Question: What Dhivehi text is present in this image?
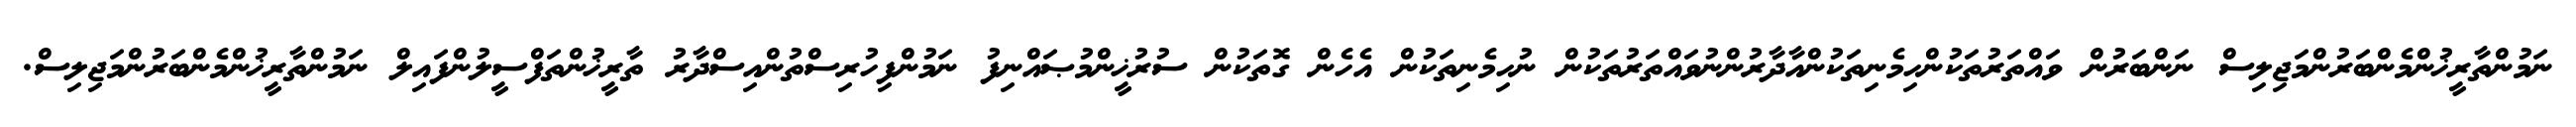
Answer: ނަމުންތާރީޚުންމެންބަރުންމަޖިލިސް ނަންބަރުން ވައްތަރުތަކުންހިމެނިތަކުންއާދާރުންނުވައްތަރުތަކުން ނުހިމެނިތަކުން އެހެން ގޮތަކުން ސުރުޚީންމުޞައްނިފު ނަމުންފިހުރިސްތުންއިސްދާރު ތާރީޚުންތަފްސީލުންފައިލް ނަމުންތާރީޚުންމެންބަރުންމަޖިލިސް.